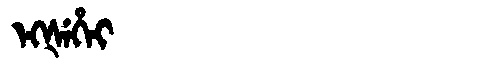
Manchu: ᡝᡴᡧᡝᡥᡝᡳ
Romanization: EKŠEHEI